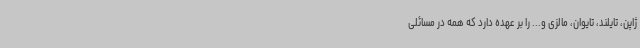
ژاپن، تایلند، تایوان، مالزی و... را بر عهده دارد که همه در مسائلی